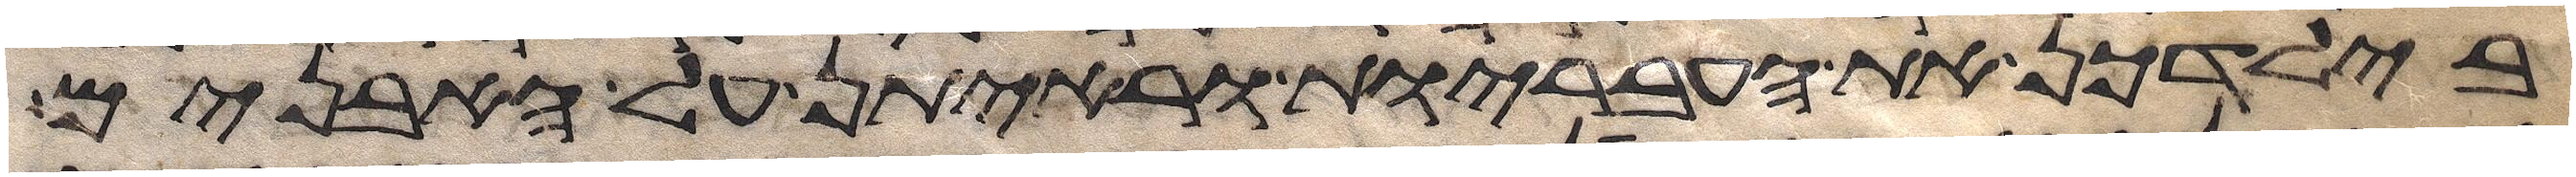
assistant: בילדכן את העבריות וראיתן על האבנים